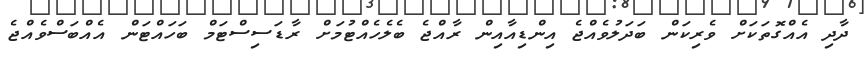
ދާދި އެއްގޮތަކަށް ވެރިކަން ބަދަލުވެއްޖެ އިންޑިއާއިން ރާއްޖެ ބެލެހެއްޓުމަށް ރާޑަސިސްޓަމް ބަހައްޓަން އެއްބަސްވެއްޖެ